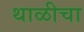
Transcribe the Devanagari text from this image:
थाळीचा